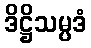
ဒိဋ္ဌိသမ္ပဒံ